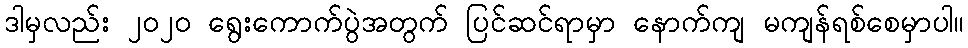
ဒါမှလည်း ၂၀၂၀ ရွေးကောက်ပွဲအတွက် ပြင်ဆင်ရာမှာ နောက်ကျ မကျန်ရစ်စေမှာပါ။